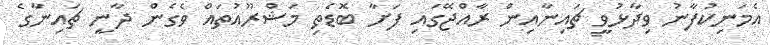
އެމަނިކުފާނު ވިދާޅުވީ ޗައިނާއިން ރާއްޖޭގައި ފަށާ ބޮޑެތި މަޝްރޫއުތައް ވެގެން ދާނީ ޗައިނާގެ